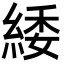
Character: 緌